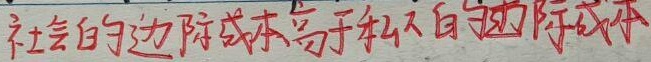
社会的边际成本高于私人的边际成本